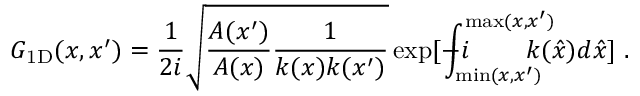
G _ { \mathrm { 1 D } } ( x , x ^ { \prime } ) = \frac { 1 } { 2 i } \sqrt { \frac { A ( x ^ { \prime } ) } { A ( x ) } \frac { 1 } { k ( x ) k ( x ^ { \prime } ) } } \exp [ - i \! \! \! \! \! \! \! \int _ { \operatorname* { m i n } ( x , x ^ { \prime } ) } ^ { \operatorname* { m a x } ( x , x ^ { \prime } ) } \! \! \! \! \! \! \! \! { k ( \hat { x } ) d \hat { x } } ] \; .